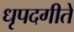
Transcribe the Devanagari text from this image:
धृपदगीते